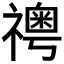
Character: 𥜊